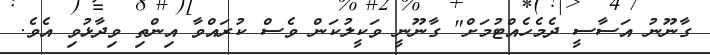
ގާނޫނު އަސާސީ ދެމެހެއްޓުމަށް" ގާނޫނީ ވަކީލުކަން ވެސް ކުރައްވާ އިންތި ވިދާޅުވި އެވެ.